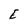
Character: E